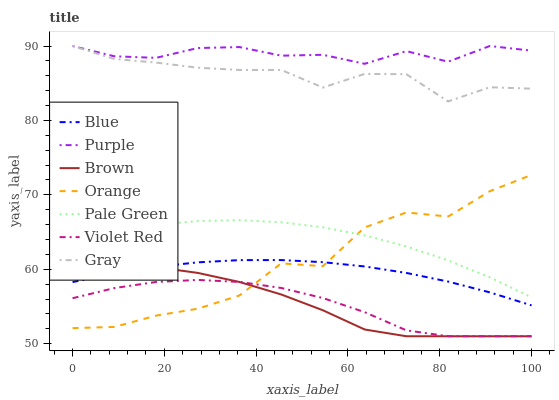
| xaxis_label | Blue | Purple | Brown | Orange | Pale Green | Violet Red | Gray |
 | --- | --- | --- | --- | --- | --- | --- | --- |
 | 0 | 58.3 | 90 | 60.5 | 52.1 | 63.7 | 56.1 | 90 |
 | 9.09 | 59.5 | 88.6 | 60.6 | 52.3 | 65 | 57.5 | 88.3 |
 | 18.2 | 60.3 | 88.4 | 60.3 | 53.8 | 66 | 58.3 | 87.8 |
 | 27.3 | 60.9 | 89.7 | 59.5 | 54.7 | 66.5 | 58.6 | 87.1 |
 | 36.4 | 61.2 | 89.9 | 58.3 | 56.5 | 66.6 | 58.3 | 86.8 |
 | 45.5 | 61.2 | 88.7 | 56.6 | 60.8 | 66.3 | 57.5 | 86.8 |
 | 54.5 | 61 | 88.8 | 54.5 | 60.4 | 65.6 | 56.1 | 84.4 |
 | 63.6 | 60.4 | 87.6 | 51.9 | 65.6 | 64.6 | 54.2 | 86.2 |
 | 72.7 | 59.5 | 89.3 | 51 | 67.6 | 63.1 | 51.8 | 86.2 |
 | 81.8 | 58.3 | 87.9 | 51 | 67.1 | 61.2 | 51 | 82.6 |
 | 90.9 | 56.9 | 90 | 51 | 70.5 | 58.9 | 51 | 84.5 |
 | 100 | 55.1 | 89.4 | 51 | 72.7 | 56.2 | 51 | 84.3 |